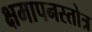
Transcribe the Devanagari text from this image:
क्षमापनस्तोत्र